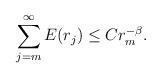
LaTeX: \begin{align*} \sum_{j=m}^{\infty} E(r_{j}) \leq C r_{m}^{-\beta} . \end{align*}